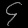
Digit: ၄